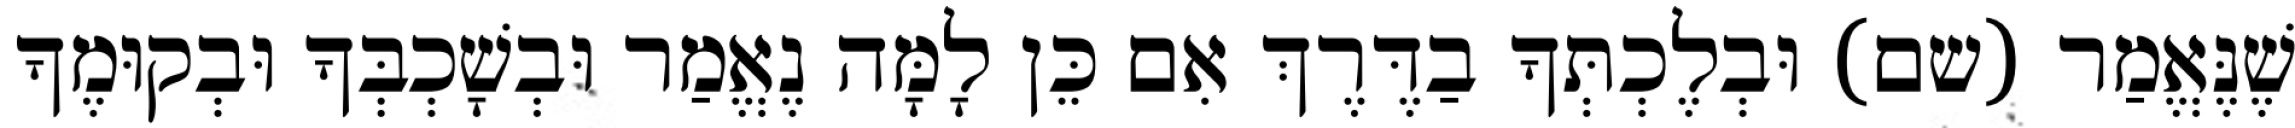
שֶׁנֶּאֱמַר (שם) וּבְלֶכְתְּךָ בַדֶּרֶךְ אִם כֵּן לָמָּה נֶאֱמַר וּבְשָׁכְבְּךָ וּבְקוּמֶךָ